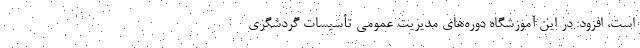
است، افزود: در این آموزشگاه دوره‌های مدیریت عمومی تأسیسات گردشگری